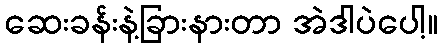
ဆေးခန်းနဲ့ခြားနားတာ အဲဒါပဲပေါ့။